Eesti_Peakonsulaat_New_Yorgis, lk 134
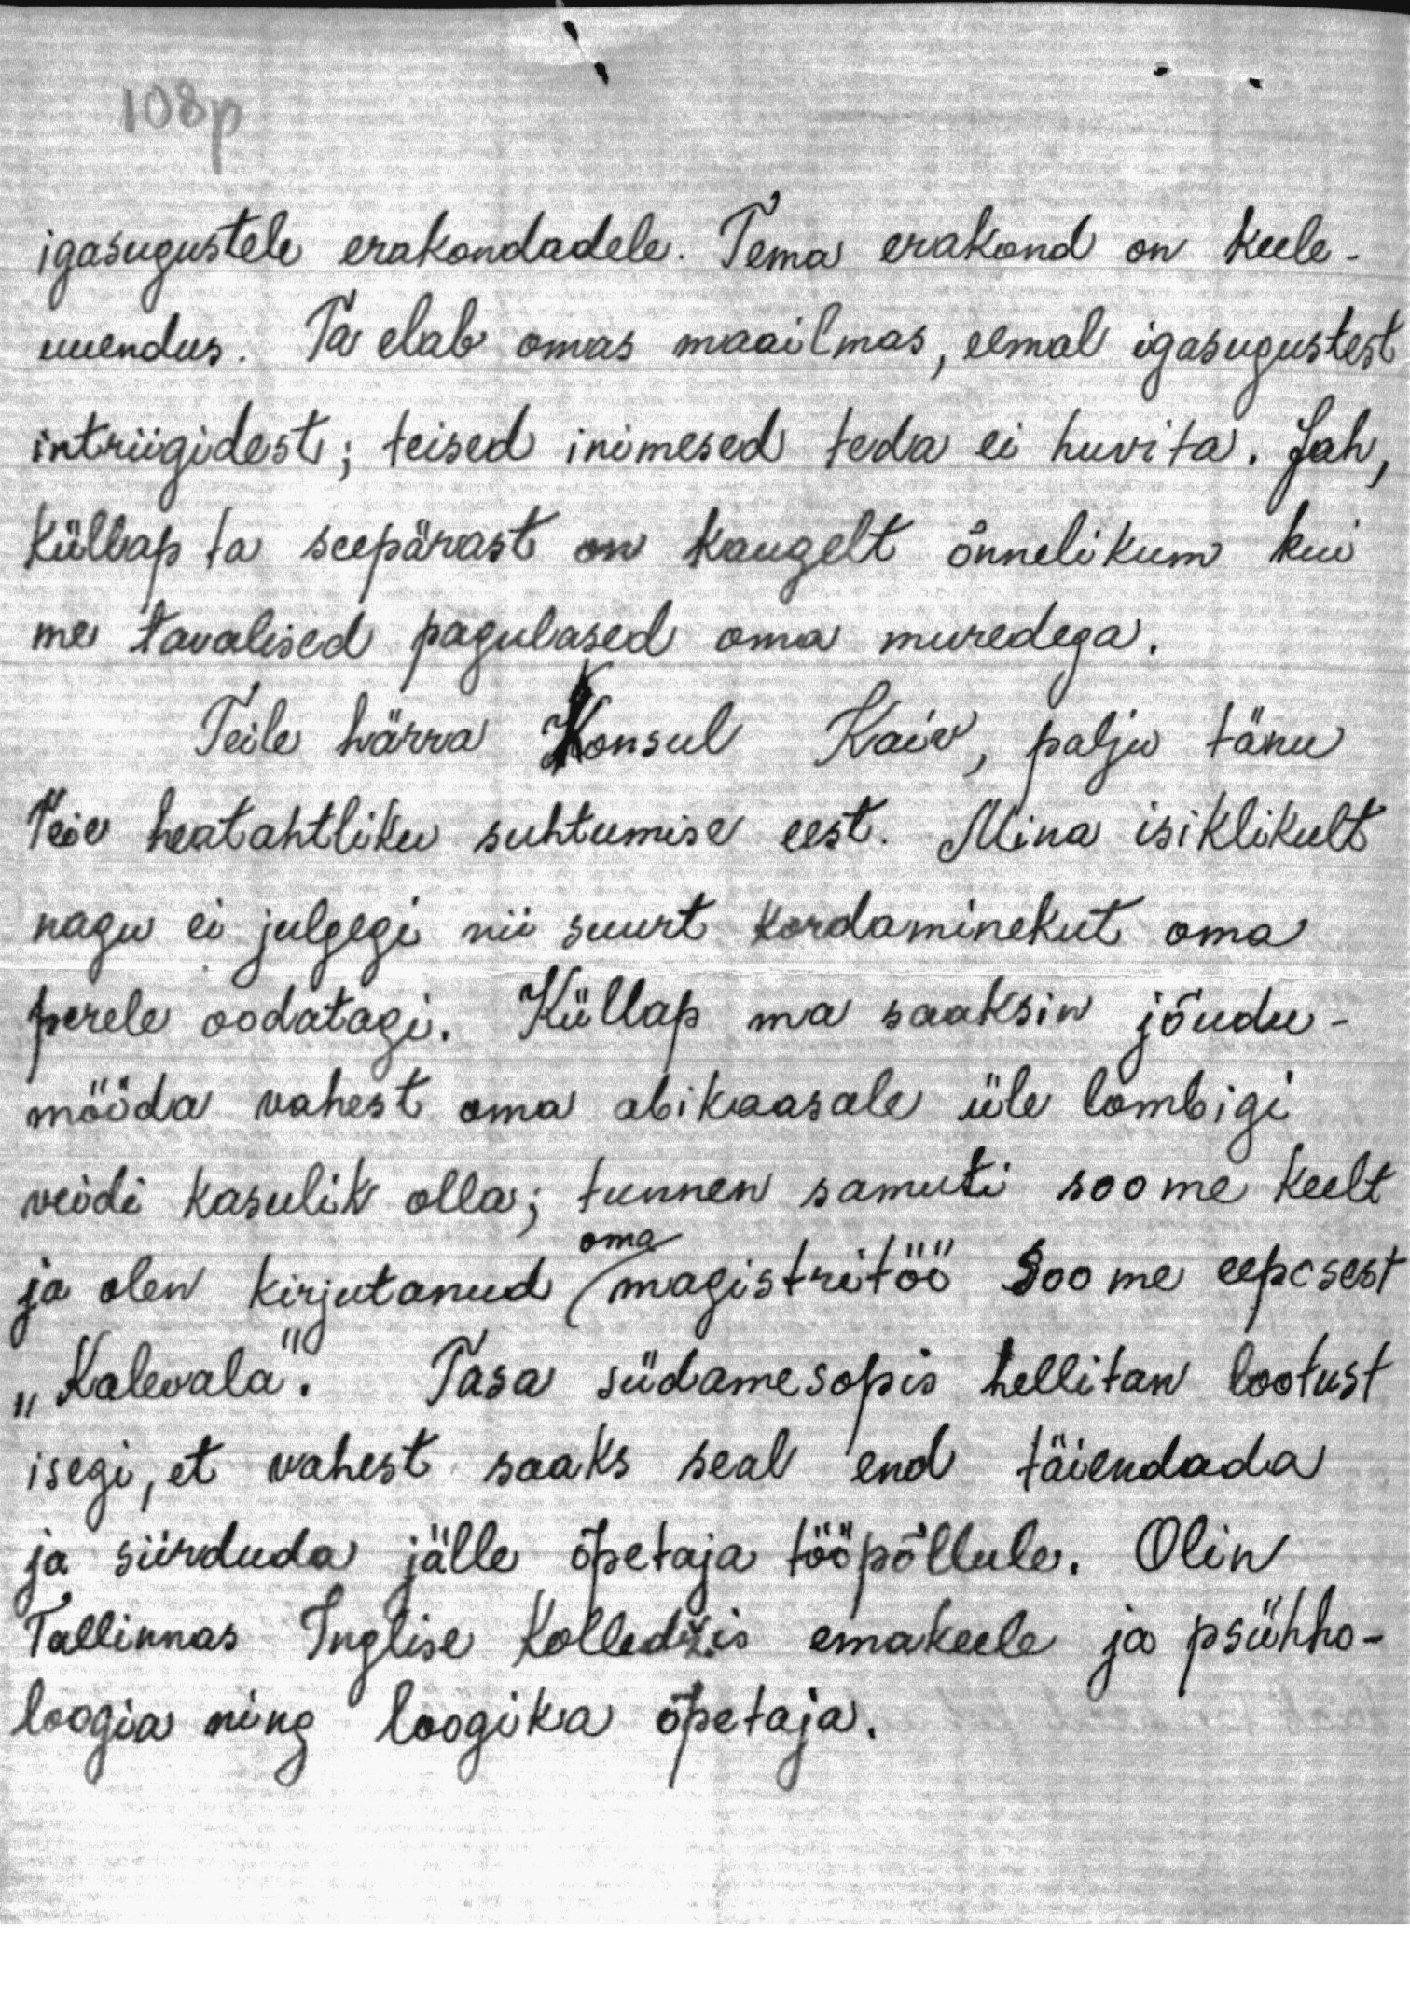
108p
igasugustele erakondadele. Tema erakond on keele-
uuendus. Ta elab omas maailmas, eemal igasugustest
intriigidest; teised inimesed teda ei huvita. Jah,
küllap ta seepärast on kaugelt õnnelikum kui
me tavalised pagulased oma muredega.
Teile härra Konsul Kaiv, palju tänu
Teie heatahtliku suhtumise eest. Mina isiklikult
nagu ei julgegi nii suurt kordaminekut oma
perele oodatagi. Küllap ma saaksin jõudu-
mööda vahest oma abikaasale üle lombigi
veidi kasulik olla; tunnen samuti soome keelt
ja olen kirjutanud oma magistritöö Soome eeposest
"Kalevala". Tasa südamesopis hellitan lootust
isegi, et vahest saaks seal end täiendada
ja siirduda jälle õpetaja tööpõllule. Olin
Tallinnas Inglise Kolledzis emakeele ja psühho-
loogia ning loogika õpetaja.